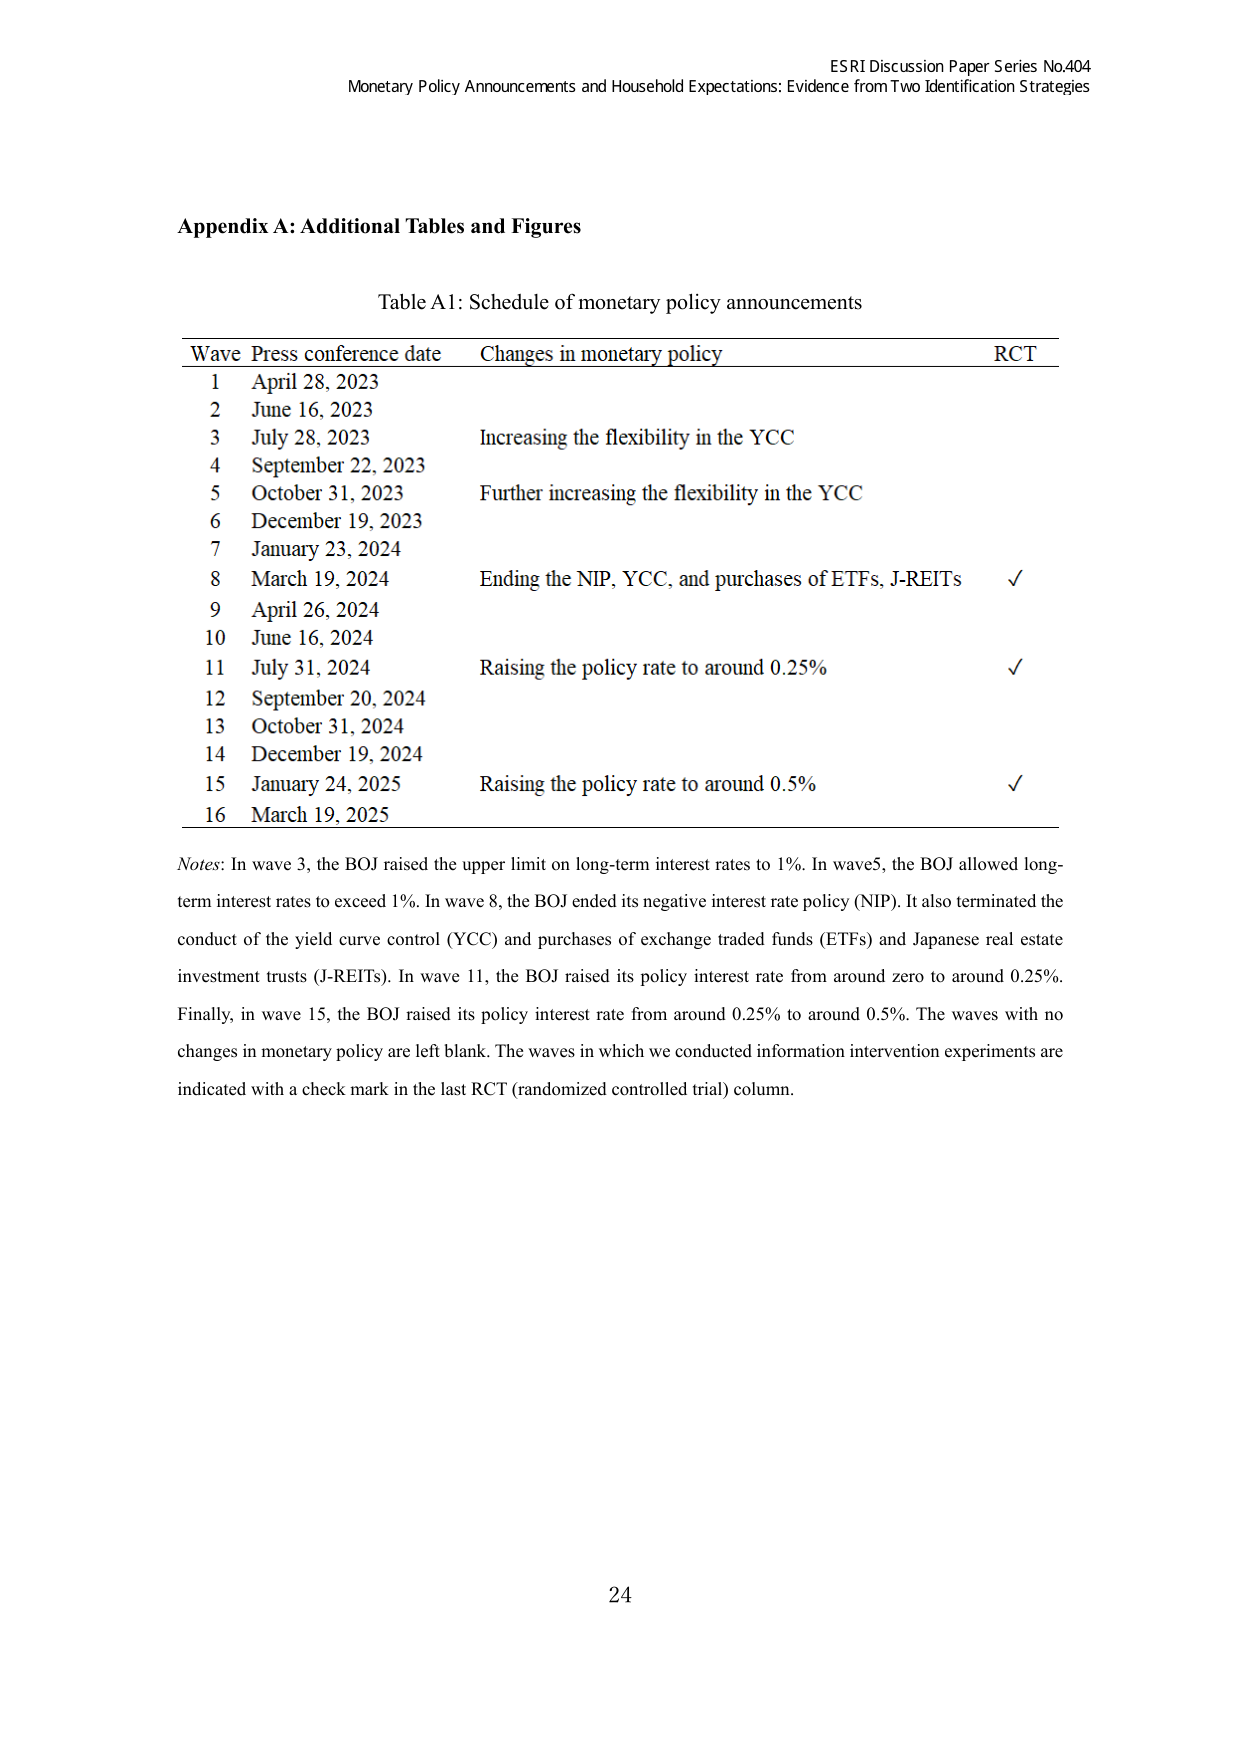
ESRI Discussion Paper Series No.404
Monetary Policy Announcements and Household Expectations: Evidence from Two Identification Strategies

Appendix A: Additional Tables and Figures

Table A1: Schedule of monetary policy announcements

Wave   Press conference date     Changes in monetary policy                     RCT
1      April 28, 2023
2      June 16, 2023
3      July 28, 2023            Increasing the flexibility in the YCC
4      September 22, 2023
5      October 31, 2023         Further increasing the flexibility in the YCC
6      December 19, 2023
7      January 23, 2024
8      March 19, 2024           Ending the NIP, YCC, and purchases of ETFs, J-REITs   √
9      April 26, 2024
10     June 16, 2024
11     July 31, 2024            Raising the policy rate to around 0.25%           √
12     September 20, 2024
13     October 31, 2024
14     December 19, 2024
15     January 24, 2025         Raising the policy rate to around 0.5%           √
16     March 19, 2025

Notes: In wave 3, the BOJ raised the upper limit on long-term interest rates to 1%. In wave 5, the BOJ allowed long-term interest rates to exceed 1%. In wave 8, the BOJ ended its negative interest rate policy (NIP). It also terminated the conduct of the yield curve control (YCC) and purchases of exchange traded funds (ETFs) and Japanese real estate investment trusts (J-REITs). In wave 11, the BOJ raised its policy interest rate from around zero to around 0.25%. Finally, in wave 15, the BOJ raised its policy interest rate from around 0.25% to around 0.5%. The waves with no changes in monetary policy are left blank. The waves in which we conducted information intervention experiments are indicated with a check mark in the last RCT (randomized controlled trial) column.

24